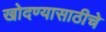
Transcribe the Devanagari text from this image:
खोदण्यासाठीचे